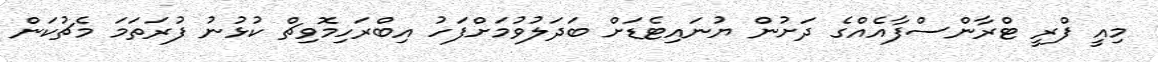
މިއީ ފްރީ ޓްރާންސްފާއެއްގެ ދަށުން ޔުނައިޓެޑަށް ބަދަލުވުމަށްފަހު އިބްރަހިމޮވިޗް ކުޅުނު ފުރަތަމަ މެޗުކަން